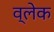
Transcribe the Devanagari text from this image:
व्लेक